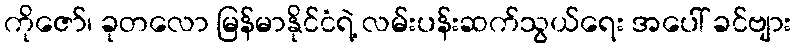
ကိုဇော်၊ ခုတလော မြန်မာနိုင်ငံရဲ့ လမ်းပန်းဆက်သွယ်ရေး အပေါ် ခင်ဗျား